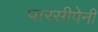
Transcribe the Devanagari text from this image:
पारसीपेनी